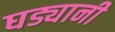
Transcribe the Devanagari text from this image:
घड्यानी